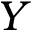
Y